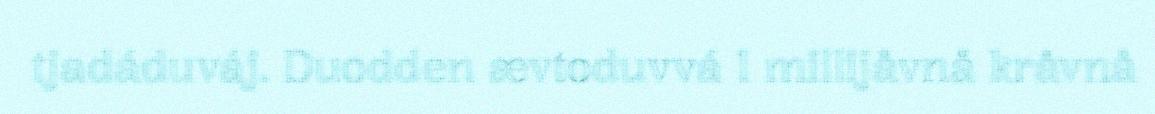
tjadáduváj. Duodden ævtoduvvá 1 millijåvnå kråvnå